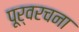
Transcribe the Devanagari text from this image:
पूर्वरचना